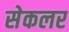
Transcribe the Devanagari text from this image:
सेकलर